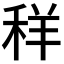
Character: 𮃁